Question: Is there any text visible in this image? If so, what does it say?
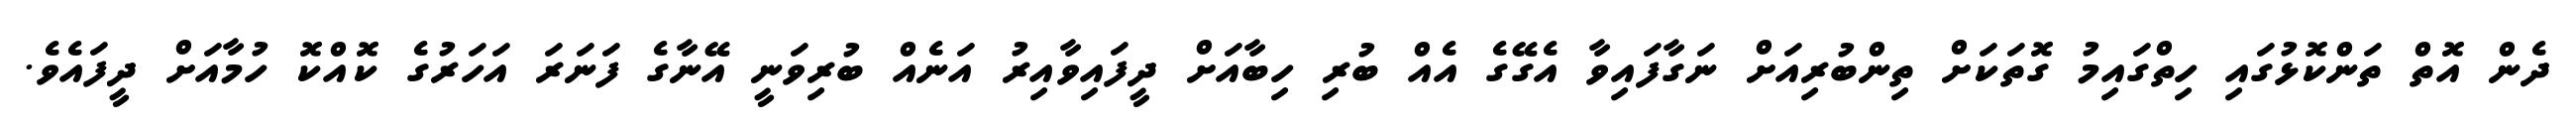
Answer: ދެން އޮތް ތަންކޮޅުގައި ހިތްގައިމު ގޮތަކަށް ތިންބުރިއަށް ނަގާފައިވާ އެގޭގެ އެއް ބުރި ހިބާއަށް ދީފައިވާއިރު އަނެއް ބުރިވަނީ އޭނާގެ ފަނަރަ އަހަރުގެ ކޮއްކޮ ހުމާއަށް ދީފައެވެ.